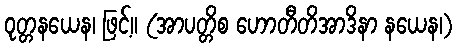
ဝုတ္တနယေန၊ ဖြင့်။ (အာပတ္တိစ ဟောတီတိအာဒိနာ နယေန၊)